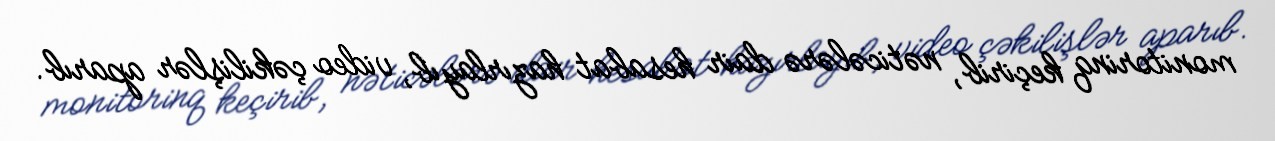
monitorinq keçirib, nəticələrə dair hesabat hazırlayıb, video çəkilişlər aparıb.